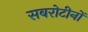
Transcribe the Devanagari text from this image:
सबरोटीनों